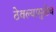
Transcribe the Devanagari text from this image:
ठेवल्यामुळेच